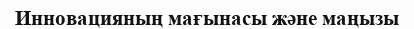
Инновацияның мағынасы және маңызы